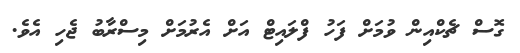
ގޮސް ޗެކްއިން ވުމަށް ފަހު ފްލައިޓް އަށް އެރުމަށް މިސްރާބު ޖެހި އެވެ.